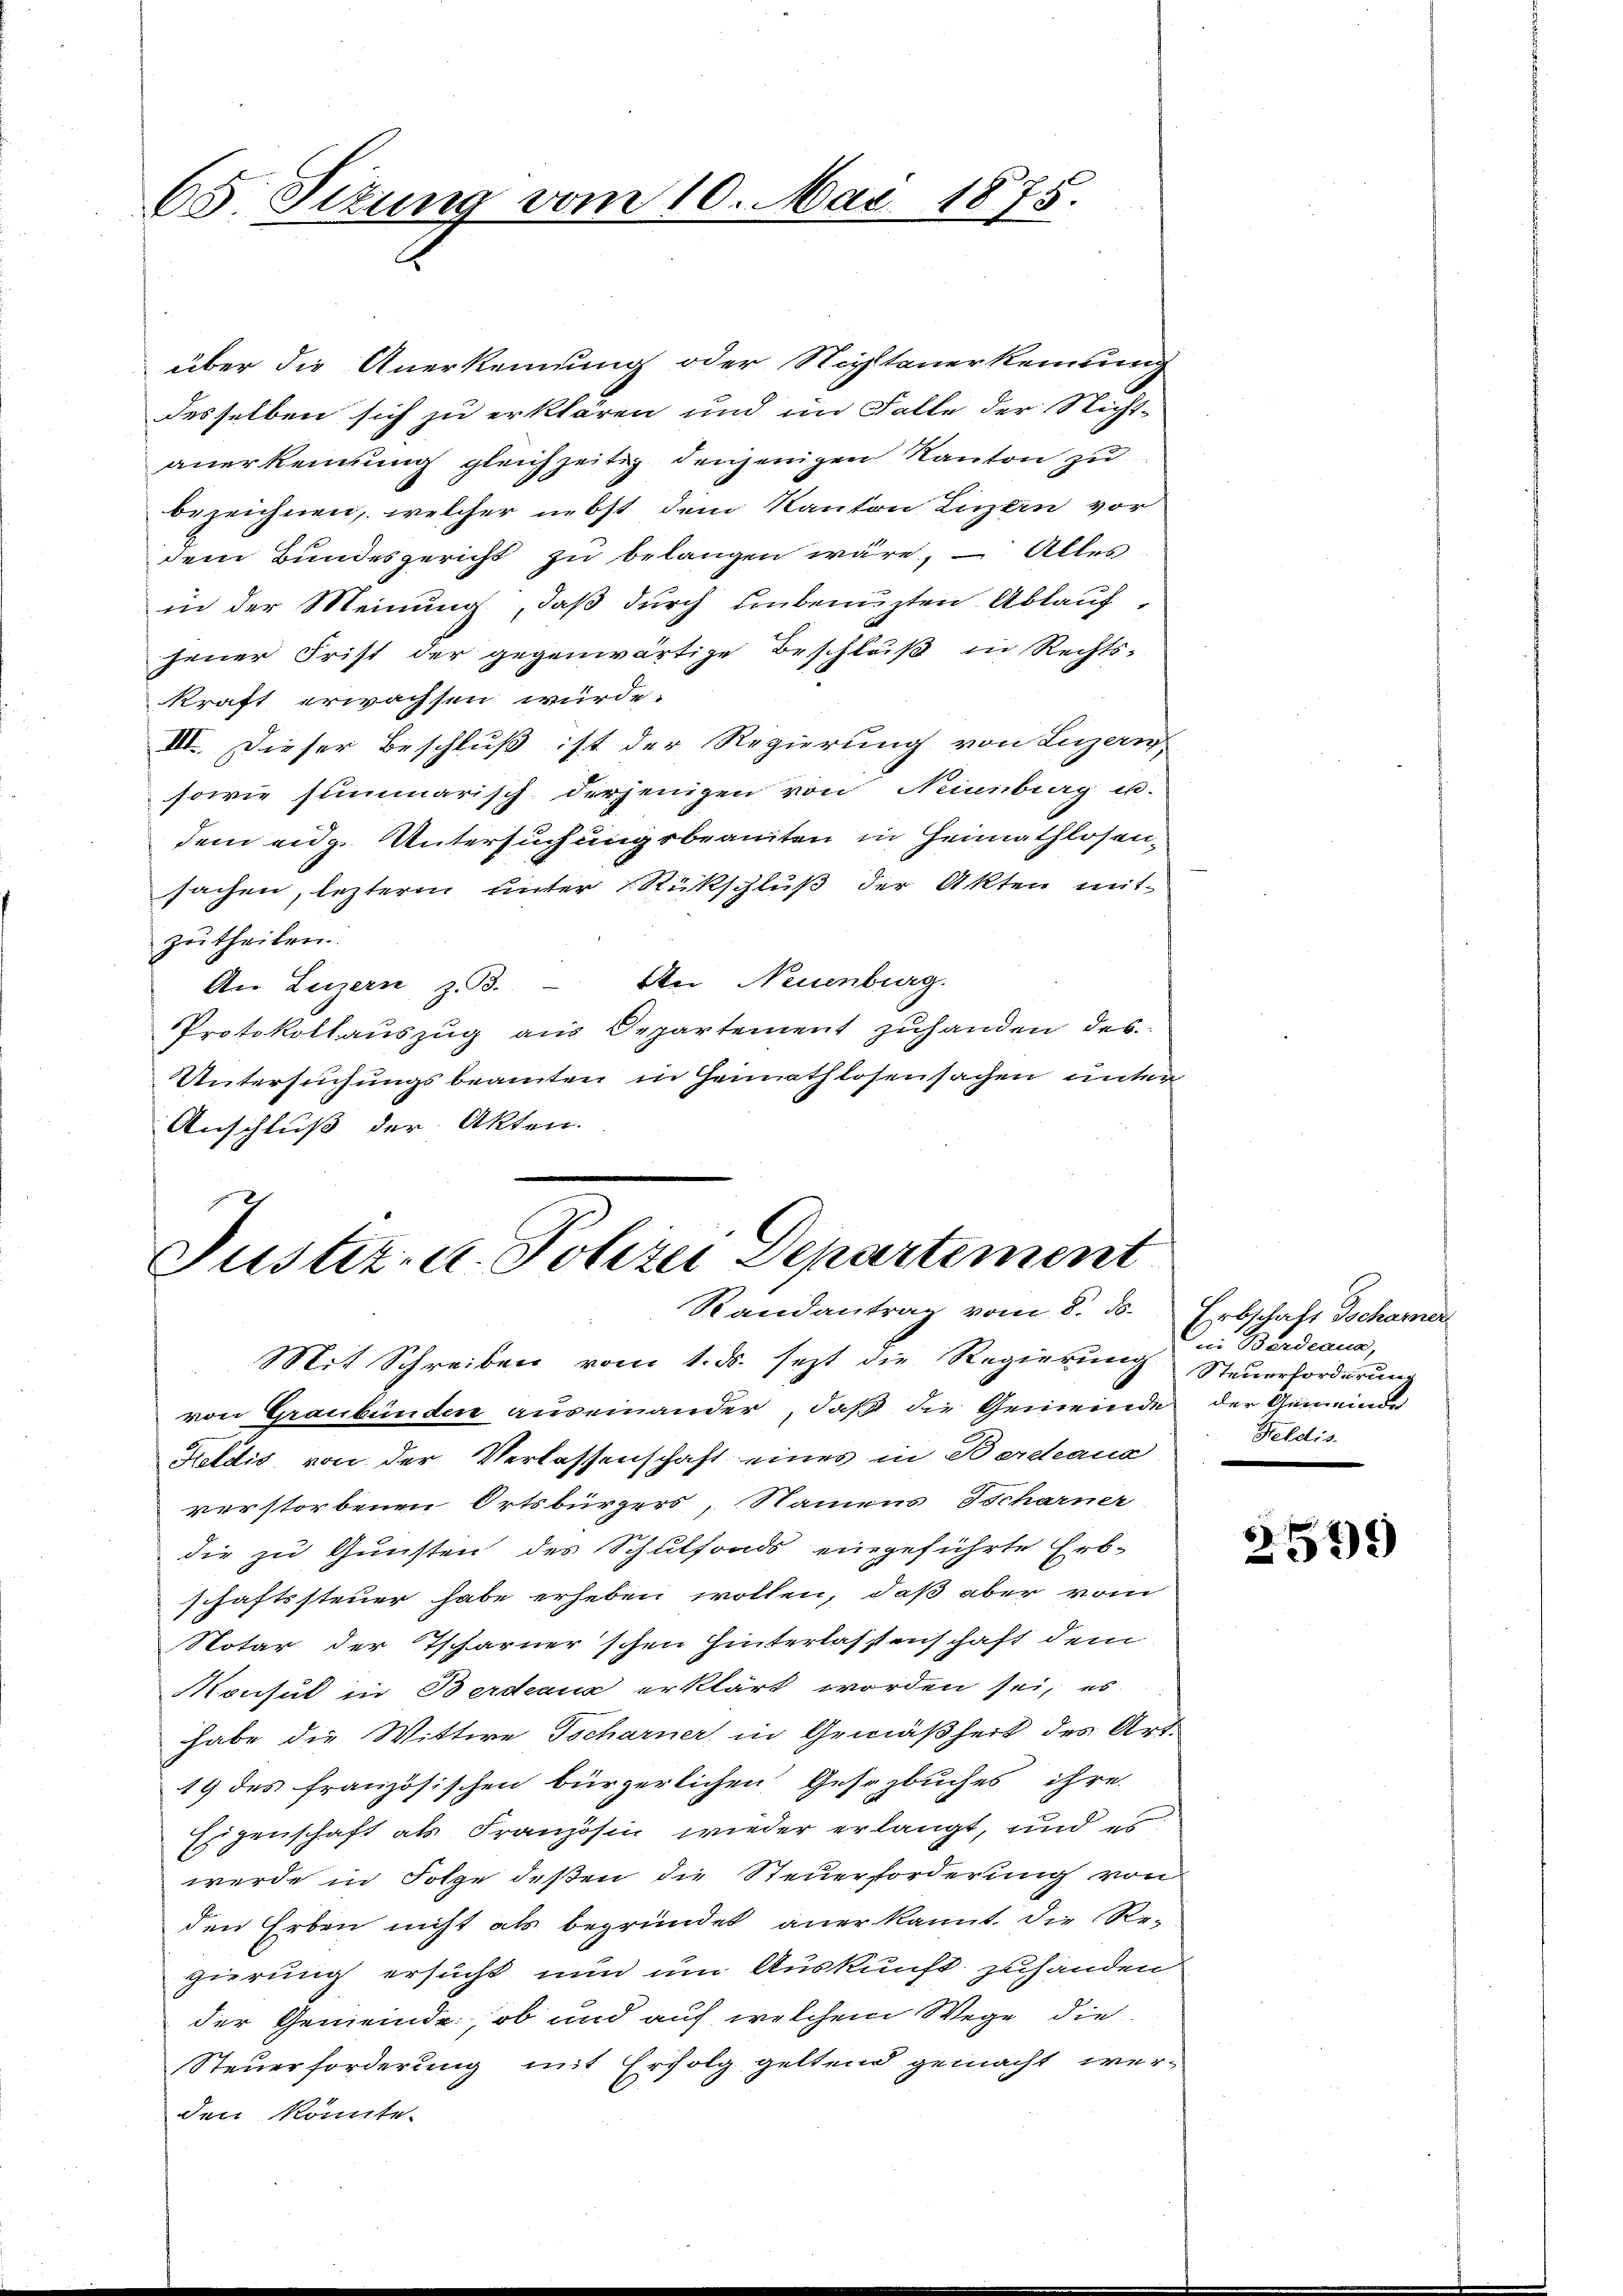
65. Sitzung vom 10. Mai 1875.

über die Anerkennung oder Nichtanerkennung
desselben sich zu erklären und im Falle der Nicht-
anerkennung gleichzeitig denjenigen Kanton zu
bezeichnen, welcher nebst dem Kanton Luzern vor
dem Bundesgericht zu belangen wäre, – Alles
in der Meinung, daß durch Einbenuzten Ablaufjener Frist der gegenwärtige Beschluß in Rechts-
kraft erwachsen würde.
III. Dieser Beschluß ist der Regierung von Luzern
sowie summarisch derjenigen von Neinberg u.
dem eidg. Untersuchungsbeamten in Heimathlosen-
sachen, lezterm unter Rückschluß der Akten mit
zu theilen.
An Luzern z. B. Iter Neuenburg.
Protokollauszug aus Departement zuhanden des
Untersuchungsbeamten in Gennathlosensachen unter
Anschluß der Akten.

Justiz- u. Polizei Departement
Randantrag vom 8. ds. Erbschaft Tscharner

in Berdeaus,
Feldis.

Mit Schreiben vom 1. ds. sezt die Regierung Steuerforderung
von Graubünden auseinander, daß die Gemeinde der Gemeinde
Keldić, von der Verlassenschaft eines in Berchaus
verstorbenen Ortsbürgers, Namens Scharner
die zu Gunsten des Schulfonds eingeführte Erb-
schaftssteuer habe erheben wollen, daß aber vom
Notar der Tscharner'schen Hinterlassenschaft dem
Monsul in Berdeaus erklärt worden sei, es
habe die Wittwe Tscharner, in Gemäßheit des Art.
19 des französischen bürgerlichen Gesetzbuches ihre
Eigenschaft als Französin wieder erlangt, und es
werde in Folge deßen die Steuerforderung von
den Erben nicht als begründet aner kannt. Die Regierung ersucht nun um Auskunft zuhanden
der Gemeinde, ob und auf welchem Wege die
Steuerforderung mit Erfolg geltend gemacht werden könnte.

6
999